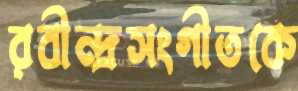
রবীন্দ্রসংগীতকে